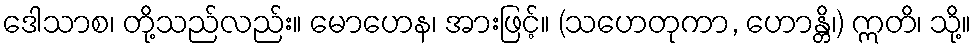
ဒေါသာစ၊ တို့သည်လည်း။ မောဟေန၊ အားဖြင့်။ (သဟေတုကာ, ဟောန္တိ၊) ဣတိ၊ သို့။